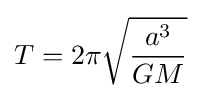
T=2\pi {\sqrt {\frac {a^{3}}{GM}}}